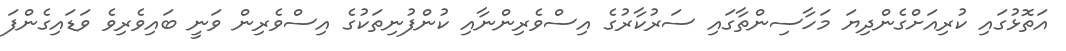
އަތޮޅުގައި ކުރިއަށްގެންދިޔަ މަހާސިންތާގައި ސަރުކާރުގެ އިސްވެރިންނާއި ކުންފުނިތަކުގެ އިސްވެރިން ވަނީ ބައިވެރިވެ ވަޑައިގެންފަ